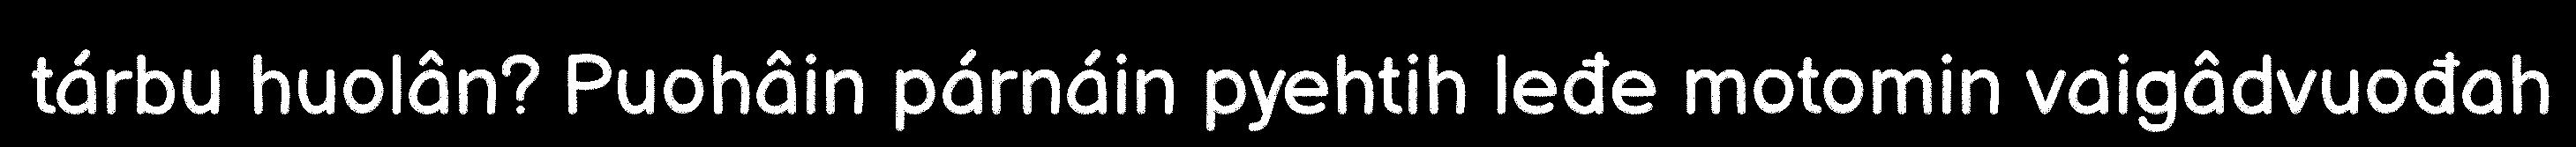
tárbu huolân? Puohâin párnáin pyehtih leđe motomin vaigâdvuođah